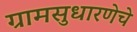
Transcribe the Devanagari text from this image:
ग्रामसुधारणेचे